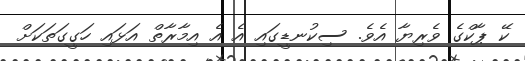
ކޭ ޕާކްގެ ވެރިޔާ އެވެ. ސިކުނޑީގައި އެ އެ އިމާރާތް އަޅައި ހަގީގަތަކަށް